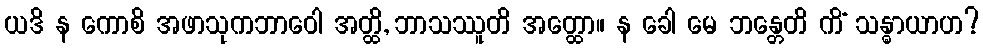
ယဒိ န ကောစိ အဖာသုကဘာဝေါ အတ္ထိ, ဘာသဿူတိ အတ္ထော။ န ခေါ မေ ဘန္တေတိ ကိံ သန္ဓာယာဟ?